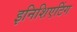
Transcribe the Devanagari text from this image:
इनिशिएटिंग